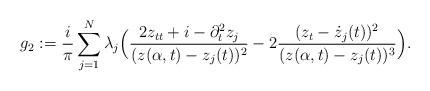
LaTeX: \begin{align*}g_2:=\frac{i}{\pi}\sum_{j=1}^N \lambda_j\Big(\frac{2z_{tt}+i-\partial_t^2 z_j}{(z(\alpha,t)-z_j(t))^2}-2\frac{(z_t-\dot{z}_j(t))^2}{(z(\alpha,t)-z_j(t))^3}\Big).\end{align*}